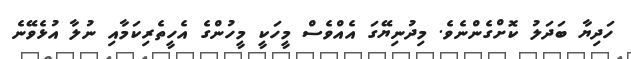
ހަދިޔާ ބަދަލު ކޮށްގެންނެވެ. މިދުނިޔޭގަ އެއްވެސް މީހަކީ މީހުންގެ އެހީތެރިކަމާއި ނުލާ އުޅެވޭނެ